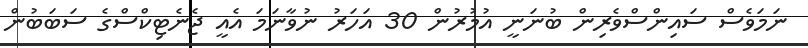
ނަމަވެސް ސައިންސްވެރިން ބުނަނީ އުމުރުން 30 އަހަރު ނުވާނަމަ އެއީ ޖެނެޓިކްސްގެ ސަބަބުން